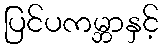
ပြင်ပကမ္ဘာနှင့်